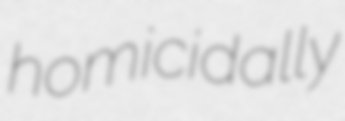
homicidally